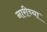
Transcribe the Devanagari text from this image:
नारीच्या